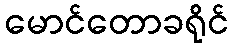
မောင်တောခရိုင်